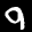
Label: 9